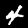
Label: 4